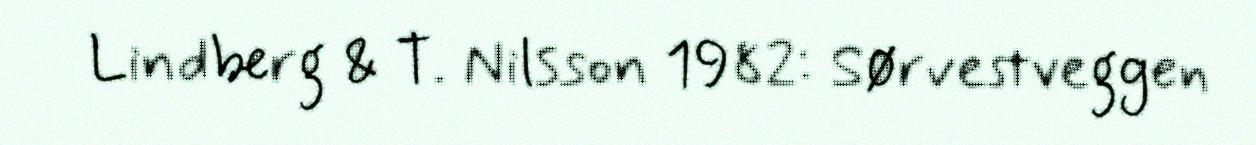
Lindberg & T. Nilsson 1982: Sørvestveggen